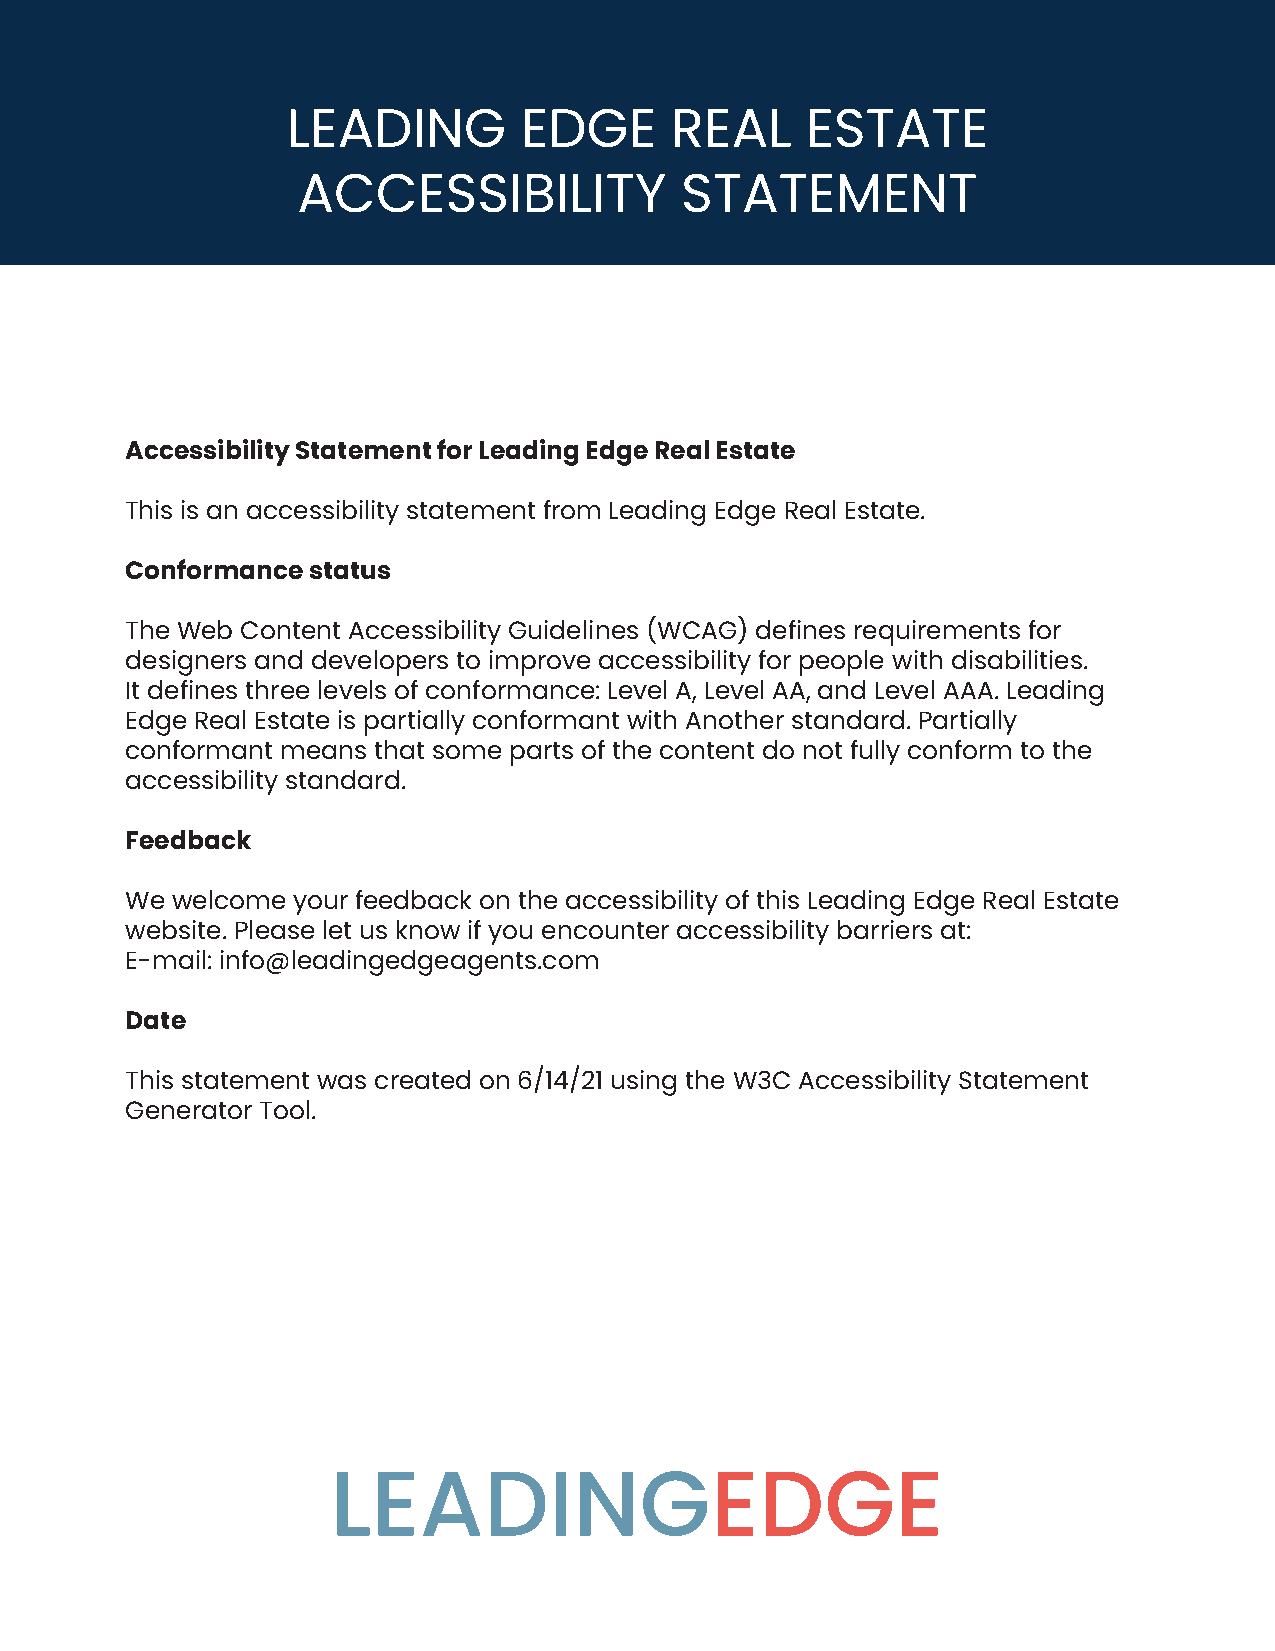
LEADING        EDGE      REAL     ESTATE
 ACCESSIBILITY            STATEMENT
 Accessibility Statement for Leading Edge Real Estate
 This is an accessibility statement from Leading Edge Real Estate.
 Conformance status
 The Web Content Accessibility Guidelines (WCAG) defines requirements for
 designers and developers to improve accessibility for people with disabilities.
 It defines three levels of conformance: Level A, Level AA, and Level AAA. Leading
 Edge Real Estate is partially conformant with Another standard. Partially
 conformant means that some parts of the content do not fully conform to the
 accessibility standard.
 Feedback
 We welcome your feedback on the accessibility of this Leading Edge Real Estate
 website. Please let us know if you encounter accessibility barriers at:
 E-mail: info@leadingedgeagents.com
 Date
 This statement was created on 6/14/21 using the W3C Accessibility Statement
 Generator Tool.